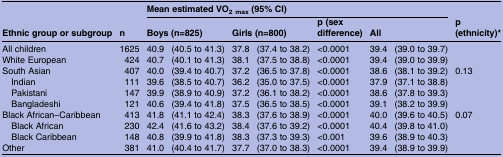
<table><thead><tr><td></td><td></td><td colspan="7"><b>Mean estimated VO<sub>2 max</sub> (95% CI)</b></td><td></td></tr><tr><td><b>Ethnic group or subgroup</b></td><td><b>n</b></td><td colspan="2"><b>Boys (n=825)</b></td><td colspan="2"><b>Girls (n=800)</b></td><td><b>p (sex difference)</b></td><td colspan="2"><b>All</b></td><td><b>p (ethnicity)*</b></td></tr></thead><tbody><tr><td>All children</td><td>1625</td><td>40.9</td><td>(40.5 to 41.3)</td><td>37.8</td><td>(37.4 to 38.2)</td><td>&lt;0.0001</td><td>39.4</td><td>(39.0 to 39.7)</td><td></td></tr><tr><td>White European</td><td>424</td><td>40.7</td><td>(40.1 to 41.3)</td><td>38.1</td><td>(37.5 to 38.8)</td><td>&lt;0.0001</td><td>39.4</td><td>(39.0 to 39.9)</td><td></td></tr><tr><td>South Asian</td><td>407</td><td>40.0</td><td>(39.4 to 40.7)</td><td>37.2</td><td>(36.5 to 37.8)</td><td>&lt;0.0001</td><td>38.6</td><td>(38.1 to 39.2)</td><td>0.13</td></tr><tr><td> Indian</td><td>111</td><td>39.6</td><td>(38.5 to 40.7)</td><td>36.2</td><td>(35.0 to 37.5)</td><td>&lt;0.0001</td><td>37.9</td><td>(37.1 to 38.8)</td><td></td></tr><tr><td> Pakistani</td><td>147</td><td>39.9</td><td>(38.9 to 40.9)</td><td>37.2</td><td>(36.1 to 38.2)</td><td>&lt;0.0001</td><td>38.6</td><td>(37.8 to 39.3)</td><td></td></tr><tr><td> Bangladeshi</td><td>121</td><td>40.6</td><td>(39.4 to 41.8)</td><td>37.5</td><td>(36.5 to 38.5)</td><td>&lt;0.0001</td><td>39.1</td><td>(38.2 to 39.9)</td><td></td></tr><tr><td>Black African–Caribbean</td><td>413</td><td>41.8</td><td>(41.1 to 42.4)</td><td>38.3</td><td>(37.6 to 38.9)</td><td>&lt;0.0001</td><td>40.0</td><td>(39.6 to 40.5)</td><td>0.07</td></tr><tr><td> Black African</td><td>230</td><td>42.4</td><td>(41.6 to 43.2)</td><td>38.4</td><td>(37.6 to 39.2)</td><td>&lt;0.0001</td><td>40.4</td><td>(39.8 to 41.0)</td><td></td></tr><tr><td> Black Caribbean</td><td>148</td><td>40.8</td><td>(39.9 to 41.8)</td><td>38.3</td><td>(37.3 to 39.3)</td><td>&lt;0.001</td><td>39.6</td><td>(38.9 to 40.3)</td><td></td></tr><tr><td>Other</td><td>381</td><td>41.0</td><td>(40.4 to 41.7)</td><td>37.7</td><td>(37.0 to 38.3)</td><td>&lt;0.0001</td><td>39.4</td><td>(38.9 to 39.9)</td><td></td></tr></tbody></table>